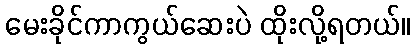
မေးခိုင်ကာကွယ်ဆေးပဲ ထိုးလို့ရတယ်။